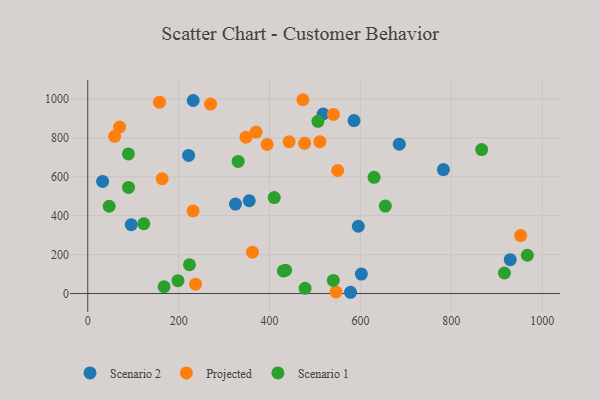
{"axis": {"x": "Ad Spend", "y": "Sales"}, "legend": ["Projected", "Scenario 1", "Scenario 2"], "data": [{"x": "685.5", "y": 767.6, "type": "Scenario 2"}, {"x": "578.2", "y": 6.3, "type": "Scenario 2"}, {"x": "221.9", "y": 710.0, "type": "Scenario 2"}, {"x": "929.6", "y": 173.9, "type": "Scenario 2"}, {"x": "517.9", "y": 922.9, "type": "Scenario 2"}, {"x": "595.3", "y": 345.8, "type": "Scenario 2"}, {"x": "602.0", "y": 99.8, "type": "Scenario 2"}, {"x": "95.7", "y": 354.0, "type": "Scenario 2"}, {"x": "782.5", "y": 637.3, "type": "Scenario 2"}, {"x": "32.7", "y": 576.2, "type": "Scenario 2"}, {"x": "585.9", "y": 889.2, "type": "Scenario 2"}, {"x": "355.3", "y": 476.9, "type": "Scenario 2"}, {"x": "232.0", "y": 992.3, "type": "Scenario 2"}, {"x": "325.0", "y": 459.9, "type": "Scenario 2"}, {"x": "540.4", "y": 920.9, "type": "Projected"}, {"x": "477.3", "y": 772.1, "type": "Projected"}, {"x": "70.1", "y": 856.0, "type": "Projected"}, {"x": "549.9", "y": 632.4, "type": "Projected"}, {"x": "510.8", "y": 780.9, "type": "Projected"}, {"x": "157.7", "y": 983.6, "type": "Projected"}, {"x": "270.2", "y": 973.8, "type": "Projected"}, {"x": "952.4", "y": 297.7, "type": "Projected"}, {"x": "59.2", "y": 808.1, "type": "Projected"}, {"x": "163.6", "y": 590.0, "type": "Projected"}, {"x": "473.3", "y": 996.4, "type": "Projected"}, {"x": "394.7", "y": 766.4, "type": "Projected"}, {"x": "362.3", "y": 212.7, "type": "Projected"}, {"x": "546.2", "y": 8.0, "type": "Projected"}, {"x": "348.1", "y": 803.9, "type": "Projected"}, {"x": "237.2", "y": 47.9, "type": "Projected"}, {"x": "231.7", "y": 424.5, "type": "Projected"}, {"x": "443.0", "y": 780.3, "type": "Projected"}, {"x": "370.4", "y": 830.2, "type": "Projected"}, {"x": "47.2", "y": 448.6, "type": "Scenario 1"}, {"x": "630.0", "y": 597.4, "type": "Scenario 1"}, {"x": "435.3", "y": 120.1, "type": "Scenario 1"}, {"x": "540.3", "y": 67.0, "type": "Scenario 1"}, {"x": "410.3", "y": 493.3, "type": "Scenario 1"}, {"x": "430.3", "y": 116.3, "type": "Scenario 1"}, {"x": "654.7", "y": 449.7, "type": "Scenario 1"}, {"x": "916.8", "y": 105.4, "type": "Scenario 1"}, {"x": "478.2", "y": 26.6, "type": "Scenario 1"}, {"x": "89.4", "y": 717.8, "type": "Scenario 1"}, {"x": "89.7", "y": 545.3, "type": "Scenario 1"}, {"x": "198.5", "y": 65.9, "type": "Scenario 1"}, {"x": "506.4", "y": 885.1, "type": "Scenario 1"}, {"x": "223.8", "y": 147.9, "type": "Scenario 1"}, {"x": "123.3", "y": 358.6, "type": "Scenario 1"}, {"x": "330.9", "y": 678.9, "type": "Scenario 1"}, {"x": "866.7", "y": 740.0, "type": "Scenario 1"}, {"x": "167.9", "y": 34.6, "type": "Scenario 1"}, {"x": "967.3", "y": 196.8, "type": "Scenario 1"}]}